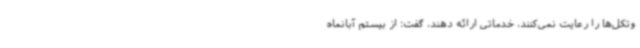
وتکل‌ها را رعایت نمی‌کنند، خدماتی ارائه دهند، گفت: از بیستم آبانماه